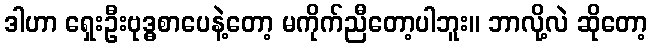
ဒါဟာ ရှေးဦးဗုဒ္ဓစာပေနဲ့တော့ မကိုက်ညီတော့ပါဘူး။ ဘာလို့လဲ ဆိုတော့